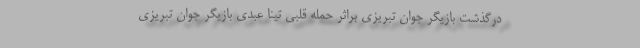
درگذشت بازیگر جوان تبریزی براثر حمله قلبی تینا عبدی بازیگر جوان تبریزی